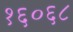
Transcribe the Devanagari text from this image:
१६०६८